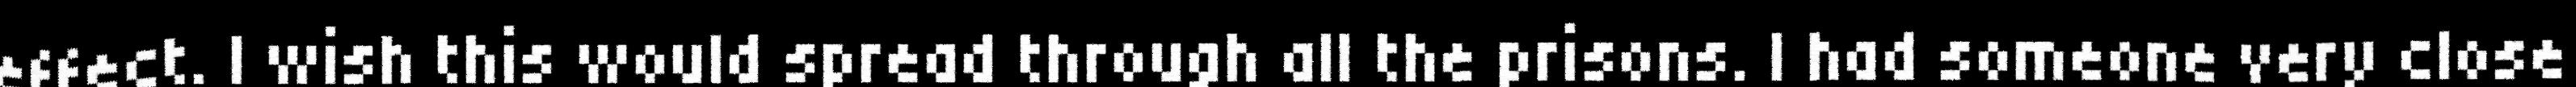
effect. I wish this would spread through all the prisons. I had someone very close